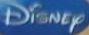
Disney